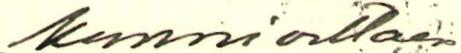
Kunnioittaen